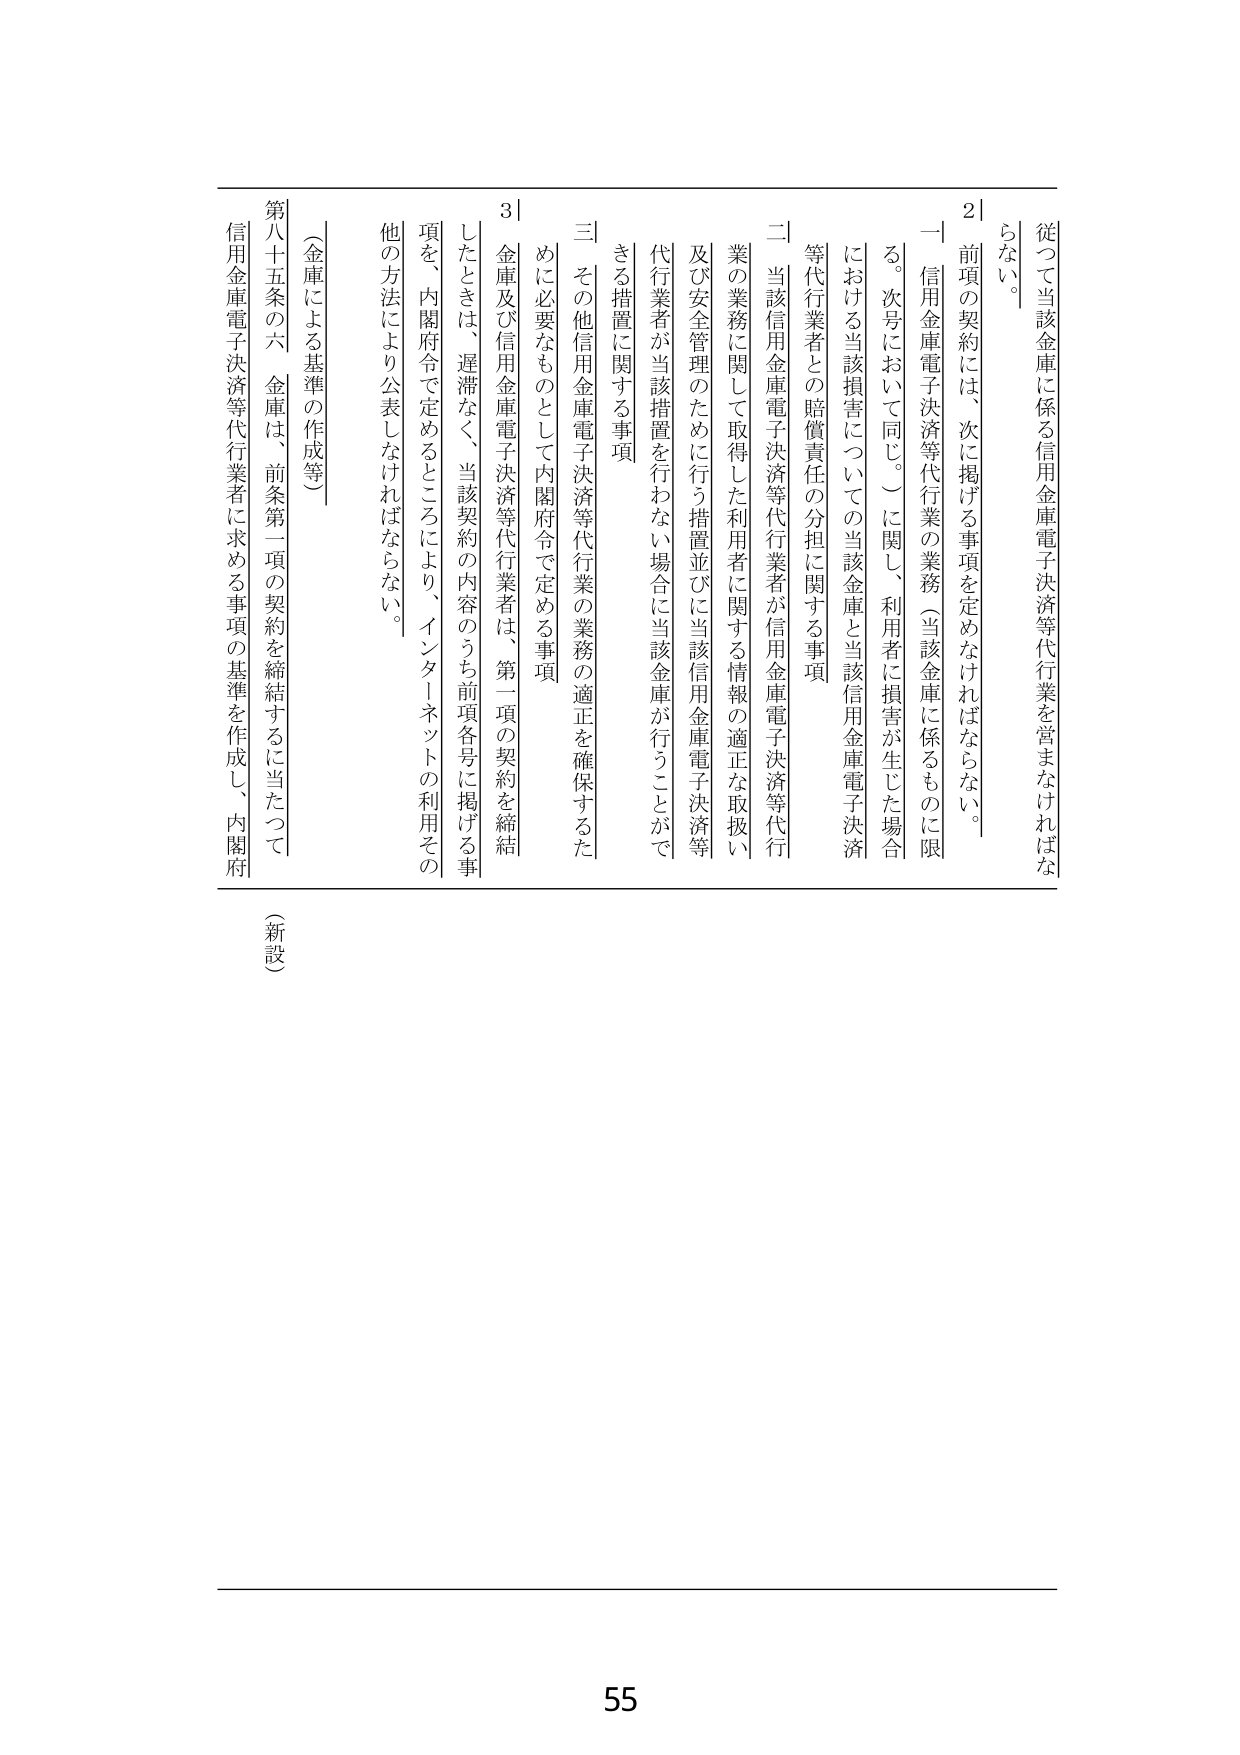
従って当該金庫に係る信用金庫電子決済等代行業を営まなければならな
い。
2 前項の契約には、次に掲げる事項を定めなければならない。
一 信用金庫電子決済等代行業の業務（当該金庫に係るものに限る。次号において同じ。）に関し、利用者に損害が生じた場合における当該損害についての当該金庫と当該信用金庫電子決済等代行業者との賠償責任の分担に関する事項
二 当該信用金庫電子決済等代行業者が信用金庫電子決済等代行業の業務に関して取得した利用者に関する情報の適正な取扱い及び安全管理のために行う措置並びに当該信用金庫電子決済等代行業者が当該措置を行わない場合に当該金庫が行うことができる措置に関する事項
三 その他信用金庫電子決済等代行業の業務の適正を確保するために必要なものとして内閣府令で定める事項
3 金庫及び信用金庫電子決済等代行業者は、第一項の契約を締結したときは、遅滞なく、当該契約の内容のうち前項各号に掲げる事項を、内閣府令で定めるところにより、インターネットの利用その他の方法により公表しなければならない。
（金庫による基準の作成等）
第八十五条の六 金庫は、前条第一項の契約を締結するに当たって信用金庫電子決済等代行業者に求める事項の基準を作成し、内閣府
（新設）
55